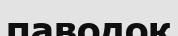
паводок